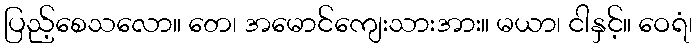
ပြည့်စေသလော။ တေ၊ အမောင်ကျေးသားအား။ မယာ၊ ငါနှင့်။ ဝေရံ၊